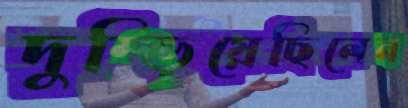
দুম্‌ড়িয়েছিলেন